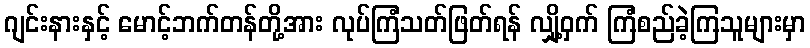
ဂျင်းနားနှင့် မောင့်ဘက်တန်တို့အား လုပ်ကြံသတ်ဖြတ်ရန် လျှို့ဝှက် ကြံစည်ခဲ့ကြသူများမှာ